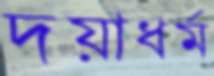
দয়াধর্ম